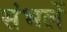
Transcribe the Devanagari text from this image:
संभलें